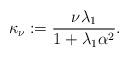
LaTeX: \begin{align*}\kappa_\nu:= \frac{\nu\lambda_1}{1+\lambda_1\alpha^2}.\end{align*}